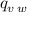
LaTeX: q _ { v \setminus w }